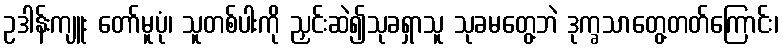
ဥဒါန်းကျူး တော်မူပုံ၊ သူတစ်ပါးကို ညှင်းဆဲ၍သုခရှာသူ သုခမတွေ့ဘဲ ဒုက္ခသာတွေ့တတ်ကြောင်း၊